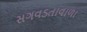
સગવડતાવાળા